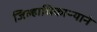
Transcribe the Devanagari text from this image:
जिल्हाधिकाऱ्याने